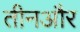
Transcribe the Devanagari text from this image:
तीनऔर